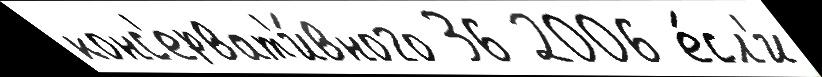
конс'ерват'и́вного 36 2006 е́сл'и